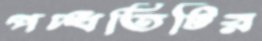
পদ্ধতিটির